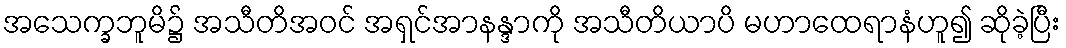
အသေက္ခဘူမိ၌ အသီတိအဝင် အရှင်အာနန္ဒာကို အသီတိယာပိ မဟာထေရာနံဟူ၍ ဆိုခဲ့ပြီး